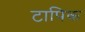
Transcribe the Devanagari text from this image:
टापिक